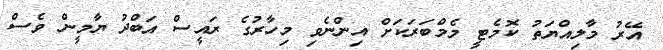
އޭރު މާލިއްޔަތު ކޮމެޓީ މެމްބަރަކަށް އިންނެވި މިހާރުގެ ރައީސް އަބްދު ޔާމީން ވެސް